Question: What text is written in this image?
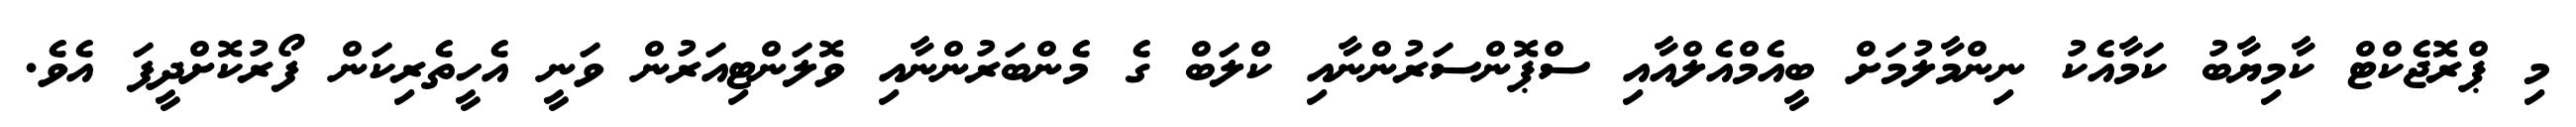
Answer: މި ޕްރޮޖެކްޓް ކާމިޔާބު ކަމާއެކު ނިންމާލުމަށް ބީއެމްއެލްއާއި ސްޕޮންސަރުންނާއި ކްލަބް ގެ މެންބަރުންނާއި ވޮލަންޓިއަރުން ވަނީ އެހީތެރިކަން ފޯރުކޮށްދީފަ އެވެ.